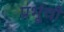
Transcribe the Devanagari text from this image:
प्रभूंची